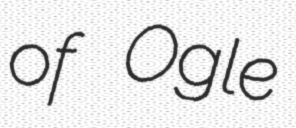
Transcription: of Ogle